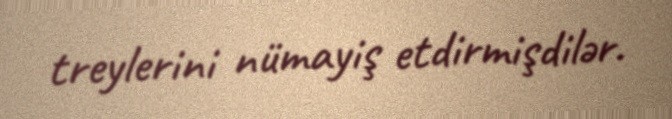
treylerini nümayiş etdirmişdilər.